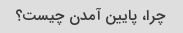
چرا، پایین آمدن چیست؟